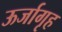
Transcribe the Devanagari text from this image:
ऊर्जागृह